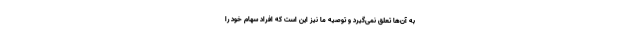
به آن‌ها تعلق نمی‌گیرد و توصیه ما نیز این است که افراد سهام خود را